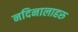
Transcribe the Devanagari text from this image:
नदिनालाहरु